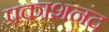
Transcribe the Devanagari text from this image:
प्रकाशनंद